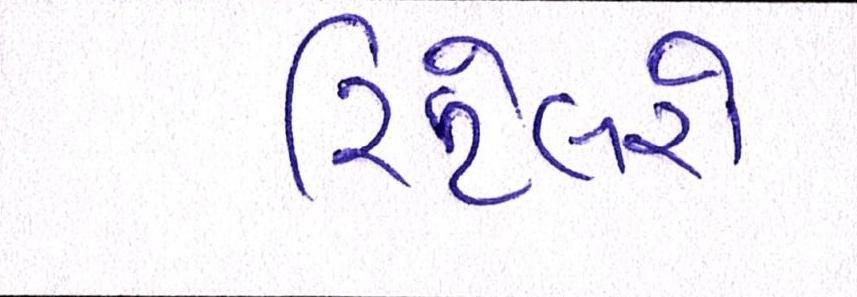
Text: રિટેલરો